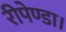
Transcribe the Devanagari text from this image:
रीपेण्डा।